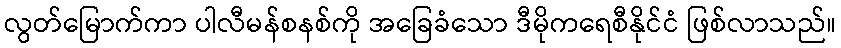
လွတ်မြောက်ကာ ပါလီမန်စနစ်ကို အခြေခံသော ဒီမိုကရေစီနိုင်ငံ ဖြစ်လာသည်။